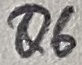
Text: Q6